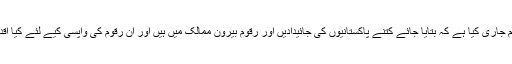
چیف جسٹس نے حکم جاری کیا ہے کہ بتایا جائے کتنے پاکستانیوں کی جائیدادیں اور رقوم بیرون ممالک میں ہیں اور ان رقوم کی واپسی کیے لئے کیا اقدامات کیے گیے ہیں۔